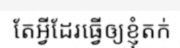
តែអ្វីដែរធ្វើឲ្យខ្ញុំតក់